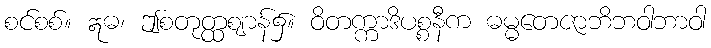
စင်စစ်။ ဣဓ၊ ဤစတုတ္ထဈာန်၌။ ဝိတက္ကာဒိပစ္စနီက ဓမ္မတေဇာဘိဘဝါဘာဝါ